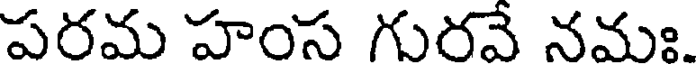
పరమ హంస గురవే నమః